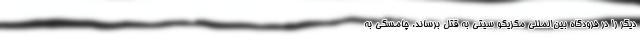
دیگر را در فرودگاه بین‌المللی مکزیکو سیتی به قتل برساند. چامسکی به